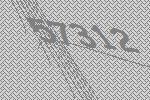
57312